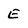
Character: e